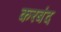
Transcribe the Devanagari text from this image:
करबंद